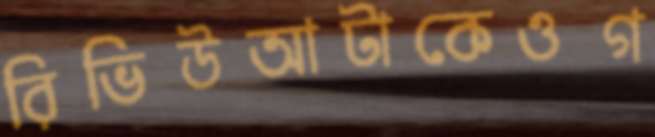
রিভিউআটাকেওগ